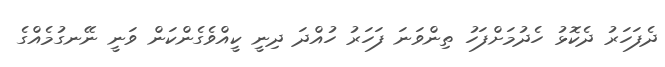
ދެފަހަރު ދެކޮޅު ހެދުމަށްފަހު ތިންވަނަ ފަހަރު ހުއްދަ ދިނީ ކީއްވެގެންކަން ވަނީ ނޭނގުމެއްގެ